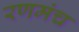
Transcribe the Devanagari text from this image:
रणमंच